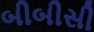
બીબીસી